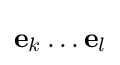
\mathbf {e} _{k}\ldots \mathbf {e} _{l}